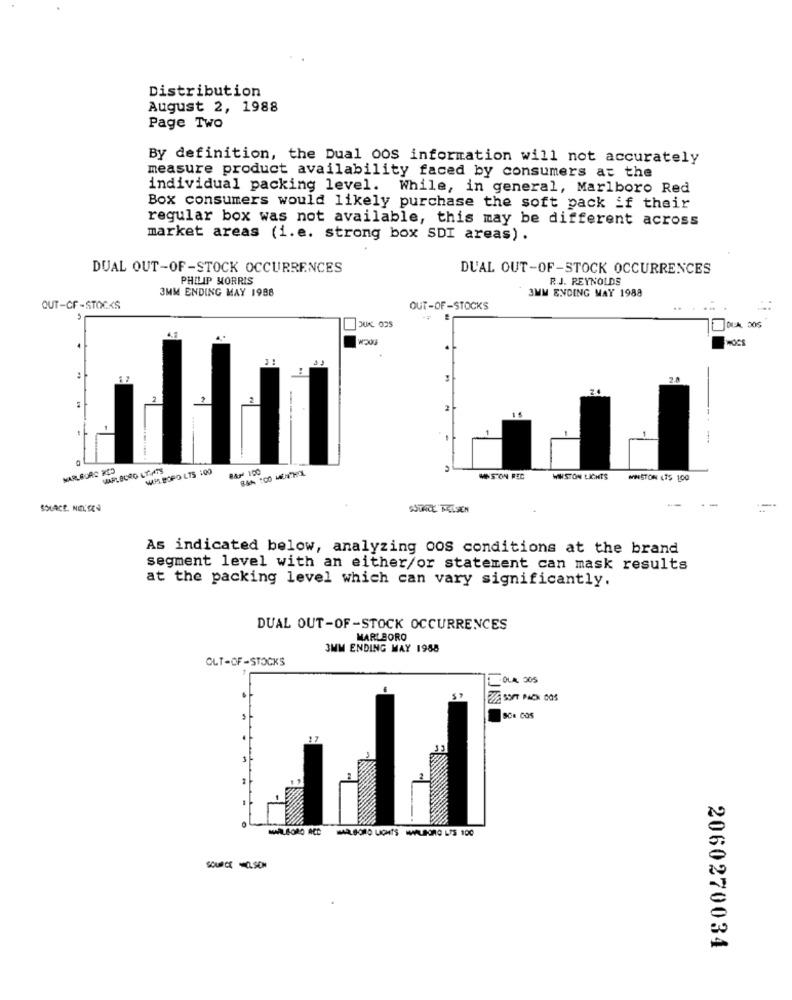
Distribution
August 2, 1988
Page Two
By definition, the Dual o0S information will not accurately
measure product availability faced by consumers at the
individual packing level. While, in general, Marlboro Red
Box consumers would likely purchase the soft pack if their
regular box was not available, this may be different across
market areas (i.e. strong box SDI areas).
DUAL OUT-OF-STOCK OCCURRENCES
DUAL OUT-OF-STOCK OCCURRENCES
PHILIP MORRIS
R.J. REYNOLDS
3MM ENDING MAY 1988
3MM ENDING MAY 1988
OUT-CF-STOCKS
OUT-OF-STOCKS
W201
HOCs
MARLOUAS KES
MARLBORO LT.ATS
BAN 100
WINSTON LICHTS
MWSTON 475 100
SOLACE, NELSES
As indicated below, analyzing oos conditions at the brand
segment level with an either/or statement can mask results
at the packing level which can vary significantly.
DUAL OUT-OF -STOCK OCCURRENCES
MARLBORO
3MM ENDING MAY 1958
OLT-OF-STOCKS
COLA 305
SCe COS
17
SouPer OLSCH
2060270034